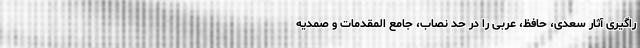
راگیری آثار سعدی، حافظ، عربی را در حد نصاب، جامع المقدمات و صمدیه